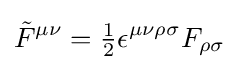
{\tilde {F}}^{\mu \nu }={\tfrac {1}{2}}\epsilon ^{\mu \nu \rho \sigma }F_{\rho \sigma }